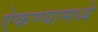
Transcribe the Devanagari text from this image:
ऐकण्यामध्ये